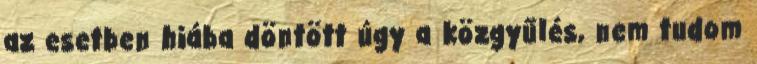
az esetben hiába döntött úgy a közgyűlés, nem tudom